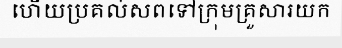
ហើយប្រគល់សពទៅក្រុមគ្រួសារយក